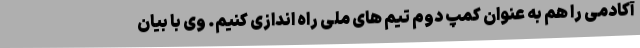
آکادمی را هم به عنوان کمپ دوم تیم های ملی راه اندازی کنیم. وی با بیان